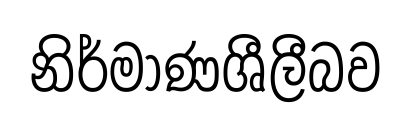
නිර්මාණශීලීබව